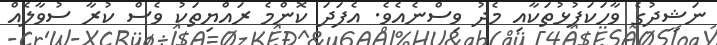
ނަޝީދުގެ ވާހަކަފުޅުތަކާއި މެދު ވިސްނެއެވެ. އެފަދަ ކޮންމެ ރައްޔިތަކު ވެސް ކުރާ ސުވާލެއް